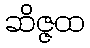
ဆိဇ္ဇထ